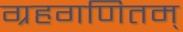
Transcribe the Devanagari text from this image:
ग्रहगणितम्